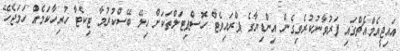
އައިޖީއެމްއެޗްގައި ފަރުވާނުކުރެވިގެން އިންޑިޔާގެ ޕްރައިވެޓް ހޮސްޕިޓަލްތަކަށް ހިލޭ ބޭސްކުރުމާ ޓިކެޓާ ހުރިހާކަމެއް ހަމަޖެހޭ